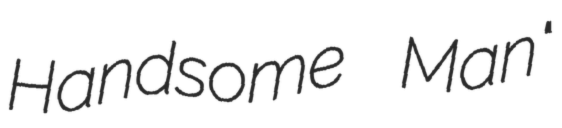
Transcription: Handsome Man"